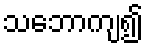
သဘောကျ၍